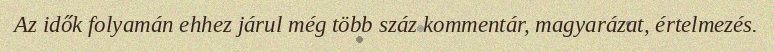
Az idők folyamán ehhez járul még több száz kommentár, magyarázat, értelmezés.